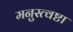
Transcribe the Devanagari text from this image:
मनुस्त्वष्टा